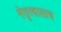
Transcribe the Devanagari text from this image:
नेतृत्वालाच